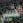
العتيبي